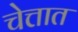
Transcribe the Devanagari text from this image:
चेत्तात